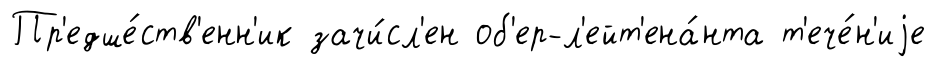
Пр'едше́ств'енн'ик зачи́сл'ен об'ер-л'ейт'ена́нта т'ече́н'иjе